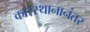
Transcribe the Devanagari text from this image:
कारस्थानानंतर